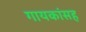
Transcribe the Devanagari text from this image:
गायकांसह